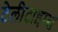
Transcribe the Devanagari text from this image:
टेलीटाइप्स